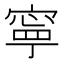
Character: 寧